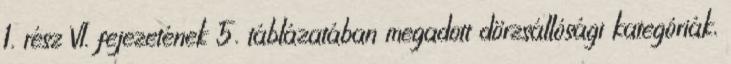
1. rész VI. fejezetének 5. táblázatában megadott dörzsállósági kategóriák,